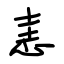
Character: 恚